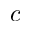
c